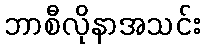
ဘာစီလိုနာအသင်း